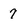
Character: 7